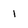
Character: 1